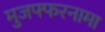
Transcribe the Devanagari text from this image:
मुजफ्फरनामा